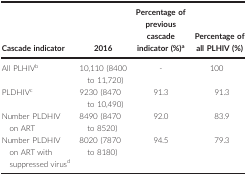
<table><thead><tr><td><b>Cascade indicator</b></td><td><b>2016</b></td><td><b>Percentage of previous cascade indicator (%)a</b></td><td><b>Percentage of all PLHIV (%)</b></td></tr></thead><tbody><tr><td>All PLHIVb</td><td>10,110 (8400 to 11,720)</td><td>‐</td><td>100</td></tr><tr><td>PLDHIVc</td><td>9230 (8470 to 10,490)</td><td>91.3</td><td>91.3</td></tr><tr><td>Number PLDHIV on ART</td><td>8490 (8470 to 8520)</td><td>92.0</td><td>83.9</td></tr><tr><td>Number PLDHIV on ART with suppressed virusd</td><td>8020 (7870 to 8180)</td><td>94.5</td><td>79.3</td></tr></tbody></table>